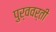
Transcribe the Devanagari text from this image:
पुर्ववर्ती